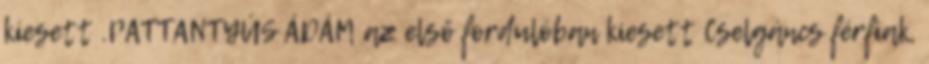
kiesett .PATTANTYÚS ÁDÁM az első fordulóban kiesett Cselgáncs férfiak,